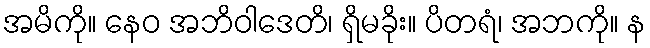
အမိကို။ နေဝ အဘိဝါဒေတိ၊ ရှိမခိုး။ ပိတရံ၊ အဘကို။ န